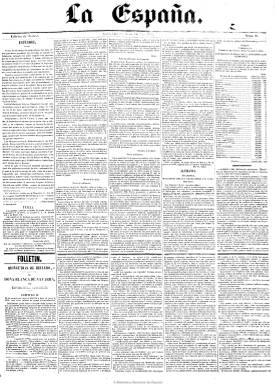
Título: La España (Madrid. 1848)
Colección: Periódicos
Ámbito geográfico: Madrid
Lugar de publicación: Madrid
Fechas: 19/04/1848-29/09/1868

A los dos días de la desaparición de El español, el gran diario del moderantismo que había fundado en 1835 Andrés Borrego, el 18 de abril de 1848 ocupará su vacío esta cabecera, con diferente empresa pero utilizando sus mismos bagajes, en concreto su cuerpo redaccional, pero quedando Borrego al margen. Sus artífices serán un hombre muy cercano personalmente a la ahora exiliada regente María Cristina, el empresario, político y fuerista alavés Pedro Egaña (1803-1895), y Francisco Navarro Villoslada (1818-1895), que había llegado a sustituir temporalmente a Borrego en la dirección de El español y que ahora tomará el mando de la nueva cabecera, pasándose más tarde a las filas del carlismo.

Se trata de un diario que se autodefine como “un periódico de gobierno, no de gobierno… defensor de los principios del orden, conservador de la sociedad, celoso de la independencia nacional, monárquico y liberal en el sentido más puro y más honrado de esta palabra”, según señala en su edición del uno de enero de 1849. Será el principal diario del Partido Moderado, pero situado en su ala derecha, con una ideología liberal-ultraconservadora lindante con el absolutismo, aunque sin querer confundirse con los neocatólicos (La regeneración y La constancia), y, en realidad, un periódico “ministerial de todos los ministerios”, como expresión del poder fáctico de un régimen isabelino en donde el poder político estuvo en manos de los generales Ramón María Narváez (1800-1868) y Leopoldo O’Donell (1809-1867). Egaña, su gran artífice, que en 1846 ya había asumido la cartera de Gracia y Justicia, será en 1853 ministro de la Gobernación, siguiendo su carrera política como diputado y senador.

La España consolidará, desde el ala conservadora, el modelo de periodismo informativo y político español que se había iniciado tras el régimen fernandino, siguiendo la estirpe anglosajona del Times. Se estabilizará en el gran formato, compuesto a cinco columnas (sus primeros números lo habían sido a seis) y con tipos diminutos. En números de cuatro páginas, con ediciones para Madrid y provincias, así como matutinas y vespertinas, dejando de aparecer los lunes y también los domingos y festivos, estructurado en secciones fijas. Comenzaba con las noticias extranjeras, después la que denomina de interior, o nacionales, oficiales (decretos, órdenes), parlamentarias, el editorial diario, artículos de fondo, otras noticias económicas, comerciales, industriales, la cotización de la Bolsa, etc. También una gaceta religiosa y otras gacetillas de asuntos varios, información y revista de espectáculos, especialmente de teatros, bibliografía, literatura, etc. Así como revistas de prensa y el ya consolidado folletín diario, en los faldones de las dos primeras páginas. Sus anuncios comerciales llegarán a ocupar completamente la cuarta plana del periódico.

Entre su larga nómina de redactores y colaboradores estarán José Gutiérrez de Aguilar, Ceferino Suárez Bravo, José Selgas Carrasco, Eduardo González Pedroso, Eusebio Martínez Velasco, Eugenio Ochoa, Carrillo de Albornoz, etc. Muchos de ellos redactarán y colaborarán también en el violento satírico neocatólico El padre Cobos durante el bienio progresista (1854-1856). Otros pasarán posteriormente a periódicos afines al carlismo.

Había empezado saliendo de la imprenta de Anselmo Santa Coloma y Compañía, después de otras, y por último de una propia, a cargo de F. Gamayo. Después de una veintena de años de existencia, desparecerá a causa de la Gloriosa, como otros periódicos unidos a la caída dinastía, publicando su último número el 29 de septiembre de 1868, ocupando su vacío El siglo (1868-1869).